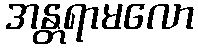
အန္တရာမလော